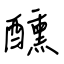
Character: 醺